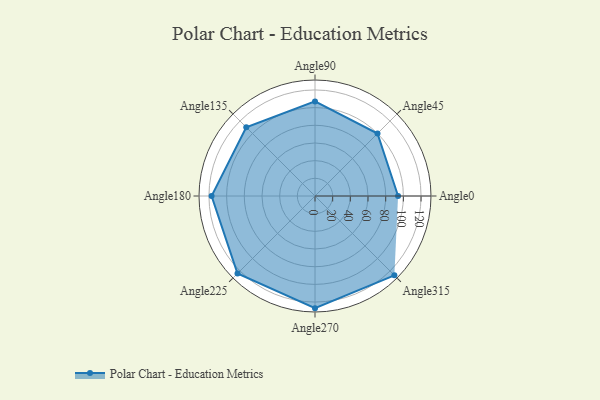
{"axis": {"x": "Angle", "y": "Radius"}, "legend": [""], "data": [{"x": "Angle0", "y": 94.0, "type": ""}, {"x": "Angle45", "y": 100.0, "type": ""}, {"x": "Angle90", "y": 107.0, "type": ""}, {"x": "Angle135", "y": 110.0, "type": ""}, {"x": "Angle180", "y": 117.0, "type": ""}, {"x": "Angle225", "y": 124.0, "type": ""}, {"x": "Angle270", "y": 127.0, "type": ""}, {"x": "Angle315", "y": 127.0, "type": ""}]}